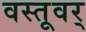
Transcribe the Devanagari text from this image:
वस्तूवर्